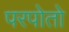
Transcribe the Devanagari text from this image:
परपोतो